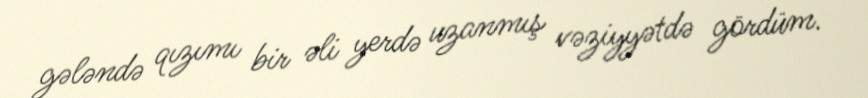
gələndə qızımı bir əli yerdə uzanmış vəziyyətdə gördüm.